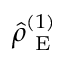
\hat { \rho } _ { \mathrm { ~ E ~ } } ^ { ( 1 ) }